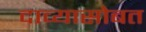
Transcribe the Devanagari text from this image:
दाव्यासोबत